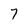
Character: 7